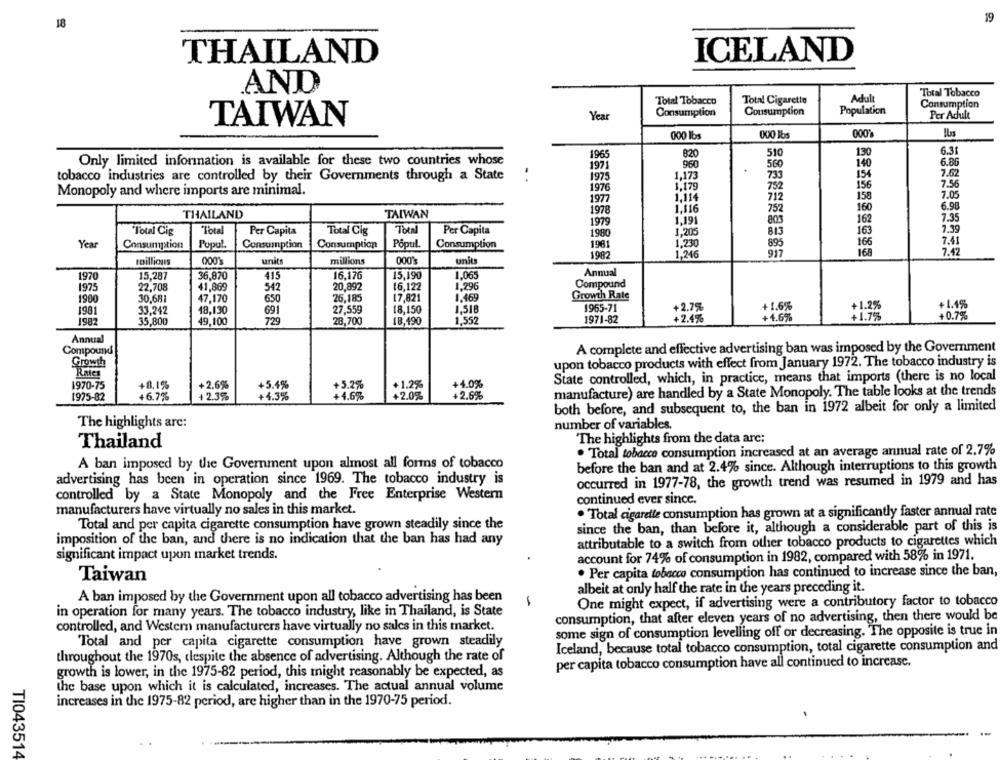
19
18
THAILAND
ICELAND
AND
Adult
Total Tobacco
Total Tobacco
Total Cigarette
Consumption
Consumption
Cousumption
Population
Per Adult
TAIWAN
Year
000 lbs
000 lbs
0001
1965
510
130
6.31
820
Only limited information is available for these two countries whose
1971
960
560
140
6.80
1975
1,173
733
154
7.62
tobacco industries are controlled by their Governments through a State
7.56
1976
1.179
752
156
Monopoly and where imports are minimal.
1977
1,114
712
158
7.05
6.98
THAILAND
TAIWAN
1978
1,116
752
160
1,191
805
162
7.35
Total
1979
7.39
Total Cig
"Total
Per Capita
Total Cig
Per Capita
1980
1,205
813
163
Year
Pupu !.
Popul
Consumption
1981
1.230
895
166
7.41
Consumption
Consumption
Consumption
168
7.42
1982
1,246
917
toillions
000
units
millions
000'3
units
1.065
Anmal
1970
15,287
36,870
415
16.176
15,190
1975
22,708
41.869
542
20.892
16.122
1.296
Compound
26.185
17,821
1.469
Growth Rate
1900
30.68
47,170
650
+ 1.4%
1981
33.242
48,130
691
27,559
18.150
1.51B
1965-71
+2.7%
+ 1.6%
+1.2%
49,100
729
18,190
1971-82
+2.4%
+4.6%
+1.7%
+0.7%
1982
35,800
28,700
1,552
Annual
A complete and effective advertising ban was imposed by the Government
Compound
Growth
upon tobacco products with effect from January 1972. The tobacco industry is
Rates
State controlled, which, in practice, means that imports (there is no local
1970-75
+8.1%
+2.6%
+5.4%
+5.2%
+1.2%%
+4.0%
+ 2.3%
+4.3%
+4.6%
+2.0%
+2.6%
manufacture) are handled by a State Monopoly. The table looks at the trends
1975-82
+6.7%
both before, and subsequent to, the ban in 1972 albeit for only a limited
The highlights arc:
number of variables.
The highlights from the data arc:
Thailand
. Total tobacco consumption increased at an average annual rate of 2.7%
A ban imposed by the Government upon almost all forms of tobacco
before the ban and at 2.4% since. Although interruptions to this growth
advertising has been in operation since 1969. The tobacco industry is
occurred in 1977-78, the growth trend was resumed in 1979 and has
controlled by a State Monopoly and the Free Enterprise Western
continued ever since.
manufacturers have virtually no sales in this market.
. Total cigarette consumption has grown at a significantly faster annual rate
Total and per capita cigarette consumption have grown steadily since the
since the ban, than before it, although a considerable part of this is
imposition of the ban, and there is no indication that the ban has had any
attributable to a switch from other tobacco products to cigarettes which
significant impact upon market trends.
account for 74% of consumption in 1982, compared with 58% in 1971.
. Per capita tobacco consumption has continued to increase since the ban,
Taiwan
albeit at only half the rate in the years preceding it.
A ban imposed by the Government upon all tobacco advertising has been
One might expect, if advertising were a contributory factor to tobacco
in operation for many years. The tobacco industry, like in Thailand, is State
consumption, that after eleven years of no advertising, then there would be
controlled, and Western manufacturers have virtually no sales in this market.
some sign of consumption levelling off or decreasing. The opposite is true in
Total and per capita cigarette consumption have grown steadily
Iceland, because total tobacco consumption, total cigarette consumption and
throughout the 1970s, despite the absence of advertising. Although the rate of
per capita tobacco consumption have all continued to increase.
growth is lower, in the 1975-82 period, this might reasonably be expected, as
the base upon which it is calculated, increases. The actual annual volume
increases in the 1975-82 period, are higher than in the 1970-75 period.
TI043514